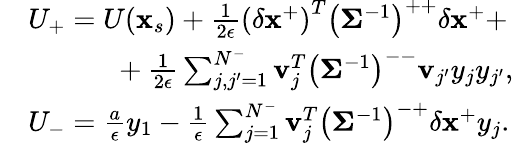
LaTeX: \begin{array}{rl}&{U_{+}=U(\mathbf{x}_{s})+\frac{1}{2\epsilon}\left(\delta\mathbf{x}^{+}\right)^{T}\left(\mathbf{\Sigma}^{-1}\right)^{++}\delta\mathbf{x}^{+}+}\\ &{\ \ \ \ \ \ \ \ \ \ \ \ +\frac{1}{2\epsilon}\sum_{j,j^{\prime}=1}^{N^{-}}\mathbf{v}_{j}^{T}\left(\mathbf{\Sigma}^{-1}\right)^{--}\mathbf{v}_{j^{\prime}}y_{j}y_{j^{\prime}},}\\ &{U_{-}=\frac{a}{\epsilon}y_{1}-\frac{1}{\epsilon}\sum_{j=1}^{N^{-}}\mathbf{v}_{j}^{T}\left(\mathbf{\Sigma}^{-1}\right)^{-+}\delta\mathbf{x}^{+}y_{j}.}\end{array}